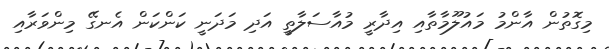
މިގޮތުން އާންމު މައުލޫމާތާއި އިދާރީ މުއާސަލާތީ އަދި މަދަނީ ކަންކަން އެނގޭ މިންވަރާއި